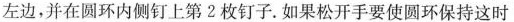
左边，并在圆环内侧钉上第2枚钉子。如果松开手要使圆环保持这时